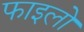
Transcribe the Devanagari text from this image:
फाइलो